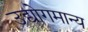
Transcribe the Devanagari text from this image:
उद्योगमान्य